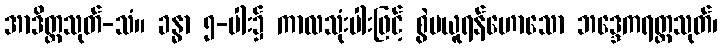
အာဒိတ္တသုတ်-သံ။ ခန္ဓာ ၅-ပါး၌ ကာလသုံးပါးဖြင့် စွဲမယူရန်ဟောသော ဘဒ္ဒေကရတ္တသုတ်၊